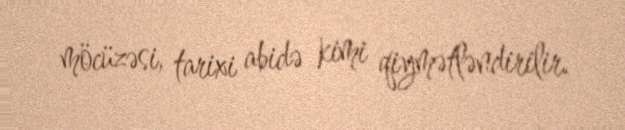
möcüzəsi, tarixi abidə kimi qiymətləndirilir.